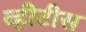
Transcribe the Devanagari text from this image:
व्हीटीस